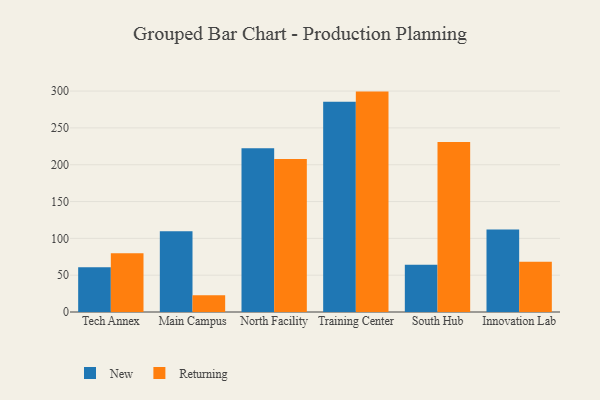
{"axis": {"x": "Campus", "y": "Net Income (USD K)"}, "legend": ["New", "Returning"], "data": [{"x": "Tech Annex", "y": 60.9, "type": "New"}, {"x": "Tech Annex", "y": 79.7, "type": "Returning"}, {"x": "Main Campus", "y": 109.7, "type": "New"}, {"x": "Main Campus", "y": 22.7, "type": "Returning"}, {"x": "North Facility", "y": 222.5, "type": "New"}, {"x": "North Facility", "y": 207.9, "type": "Returning"}, {"x": "Training Center", "y": 285.5, "type": "New"}, {"x": "Training Center", "y": 299.3, "type": "Returning"}, {"x": "South Hub", "y": 64.0, "type": "New"}, {"x": "South Hub", "y": 231.0, "type": "Returning"}, {"x": "Innovation Lab", "y": 112.1, "type": "New"}, {"x": "Innovation Lab", "y": 68.1, "type": "Returning"}]}